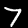
Label: 7